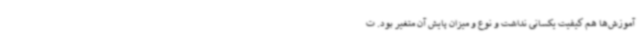
آموزش‌ها هم کیفیت یکسانی نداشت و نوع و میزان پایش آن متغیر بود. ت